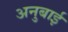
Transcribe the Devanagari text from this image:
अनुबाई